Report on the bubonic plague in Bombay, 1896-1897
Year: 1896
Disease focus: Plague
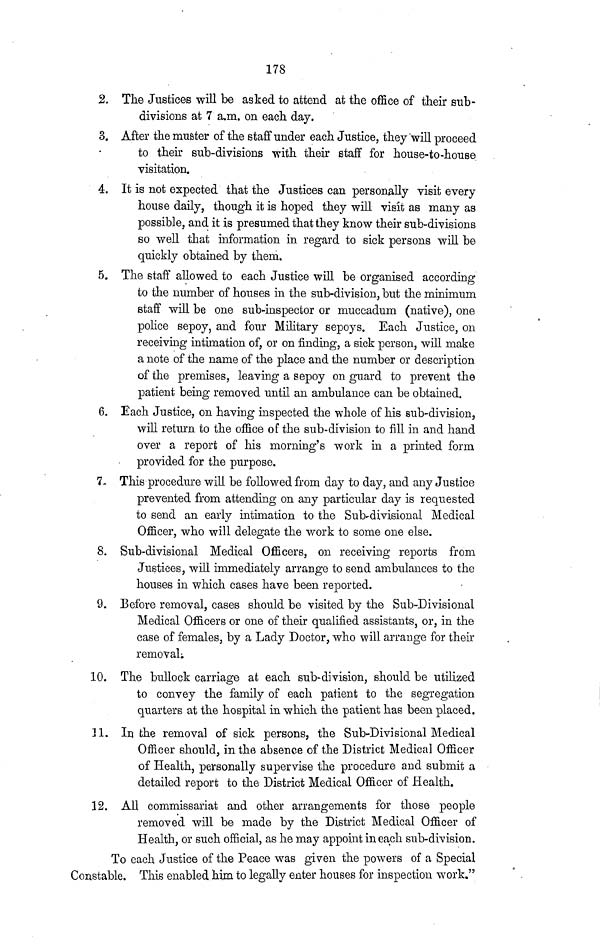
178
2. The Justices will be asked to attend at the office of their sub-
divisions at 7 a.m. on each day.
3. After the muster of the staff under each Justice, they will proceed
to their sub-divisions with their staff for house-to-house
visitation.
4. It is not expected that the Justices can personally visit every
house daily, though it is hoped they will visit as many as
possible, and it is presumed that they know their sub-divisions
so well that information in regard to sick persons will be
quickly obtained by them.
5. The staff allowed to each Justice will be organised according
to the number of houses in the sub-division, but the minimum
staff will be one sub-inspector or muccadum (native), one
police sepoy, and four Military sepoys. Each Justice, on
receiving intimation of, or on finding, a sick person, will make
a note of the name of the place and the number or description
of the premises, leaving a sepoy on guard to prevent the
patient being removed until an ambulance can be obtained.
6. Each Justice, on having inspected the whole of his sub-division,
will return to the office of the sub-division to fill in and hand
over a report of his morning's work in a printed form
provided for the purpose.
7. This procedure will be followed from day to day, and any Justice
prevented from attending on any particular day is requested
to send an early intimation to the Sub-divisional Medical
Officer, who will delegate the work to some one else.
8. Sub-divisional Medical Officers, on receiving reports from
Justices, will immediately arrange to send ambulances to the
houses in which cases have been reported.
9. Before removal, cases should be visited by the Sub-Divisional
Medical Officers or one of their qualified assistants, or, in the
case of females, by a Lady Doctor, who will arrange for their
removal;
10. The bullock carriage at each sub-division, should be utilized
to convey the family of each patient to the segregation
quarters at the hospital in which the patient has been placed.
31. In the removal of sick persons, the Sub-Divisional Medical
Officer should, in the absence of the District Medical Officer
of Health, personally supervise the procedure and submit a
detailed report to the District Medical Officer of Health.
12. All commissariat and other arrangements for those people
removed will be made by the District Medical Officer of
Health, or such official, as he may appoint in each sub-division.
To each Justice of the Peace was given the powers of a Special
Constable. This enabled him to legally enter houses for inspection work."